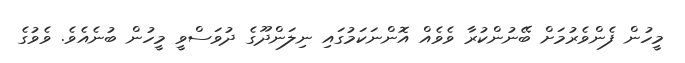
މީހުން ފެންވެރުމަށް ބޭނުންކުރާ ވެވެއް އޮންނަކަމުގައި ނިލަންދޫގެ ދުވަސްވީ މީހުން ބުނެއެވެ. ވެވުގެ